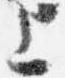
上